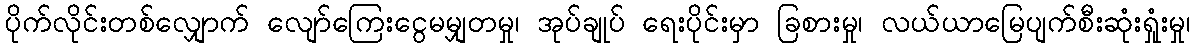
ပိုက်လိုင်းတစ်လျှောက် လျော်ကြေးငွေမမျှတမှု၊ အုပ်ချုပ် ရေးပိုင်းမှာ ခြစားမှု၊ လယ်ယာမြေပျက်စီးဆုံးရှုံးမှု၊